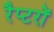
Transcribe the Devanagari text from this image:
रैप्टरों